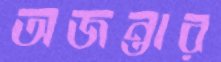
অজন্তার